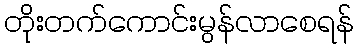
တိုးတက်ကောင်းမွန်လာစေရန်